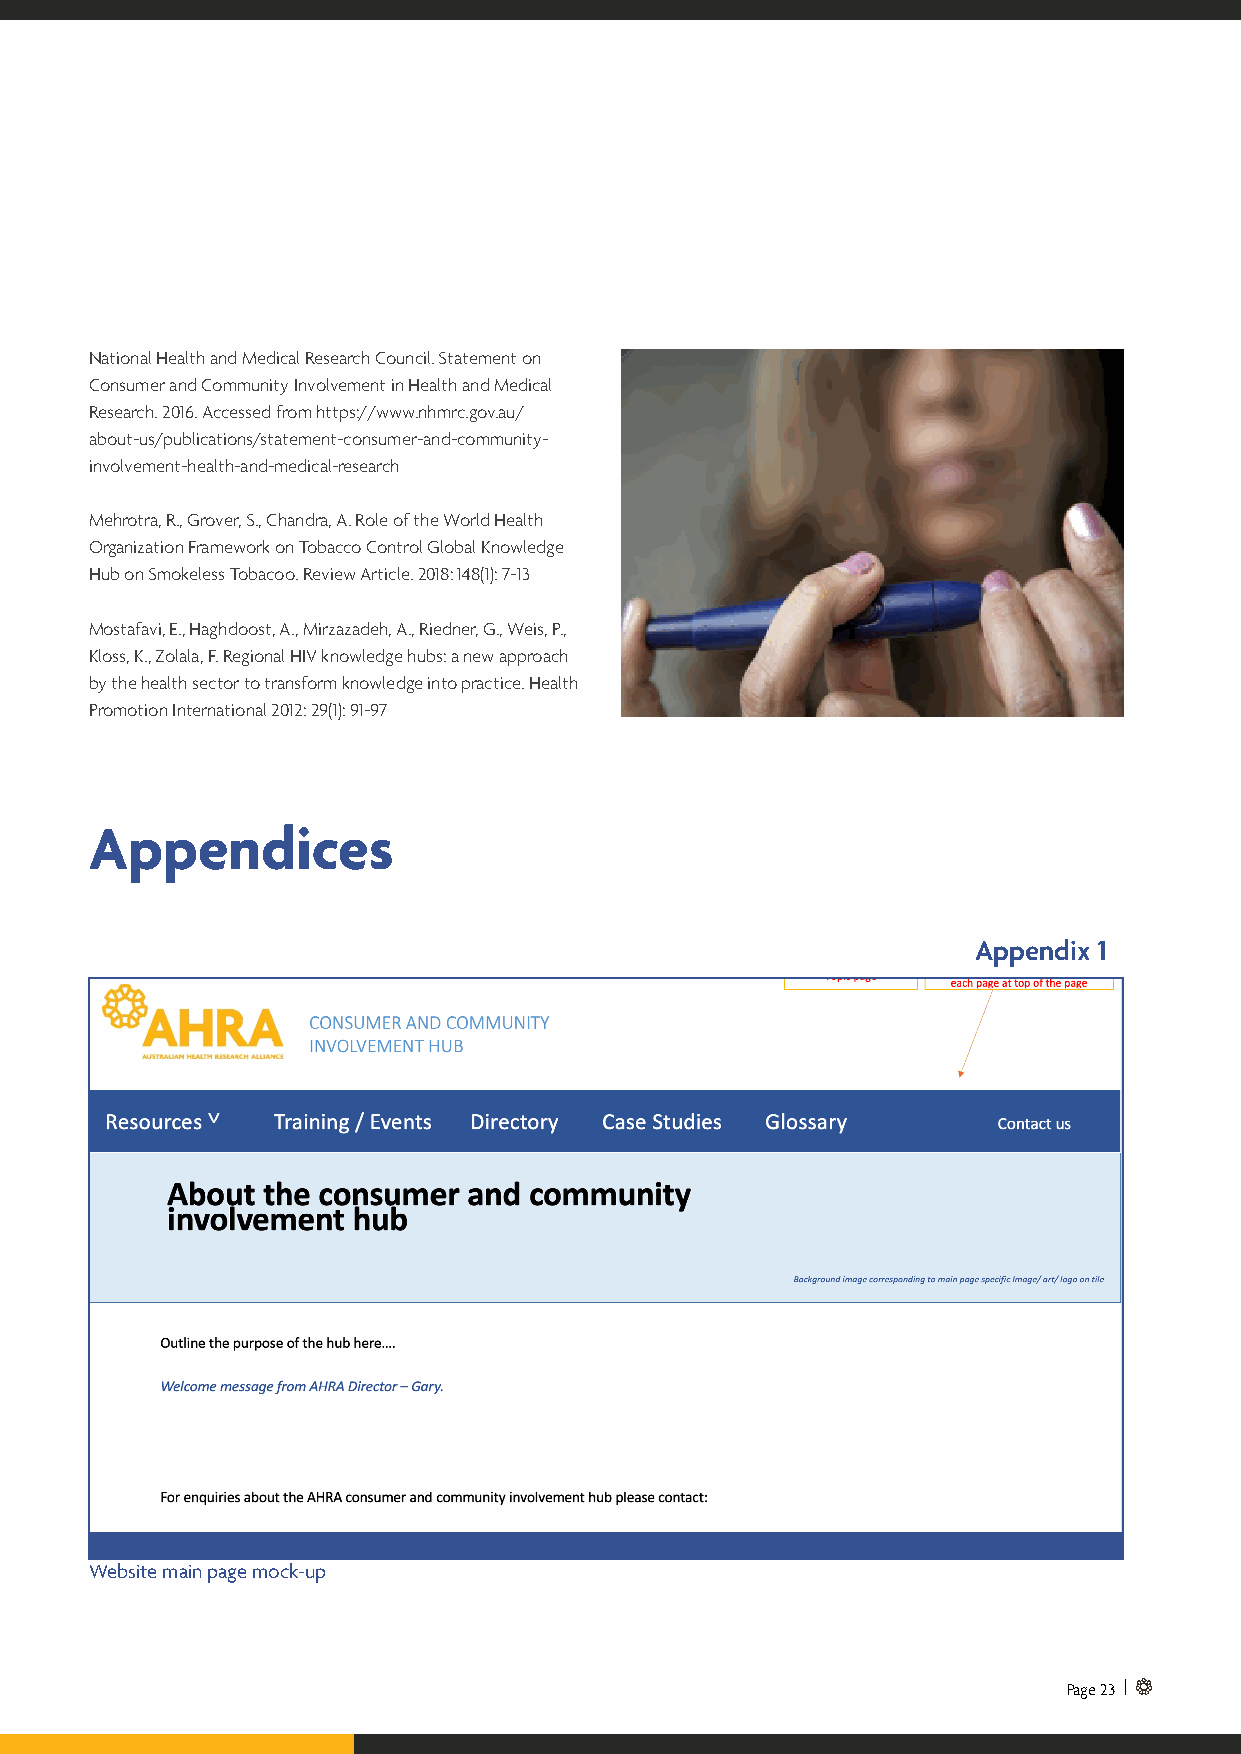
National Health and Medical Research Council. Statement on
 Consumer and Community Involvement in Health and Medical
 Research. 2016. Accessed from https://www.nhmrc.gov.au/
 about-us/publications/statement-consumer-and-community-
 involvement-health-and-medical-research
 Mehrotra, R., Grover, S., Chandra, A. Role of the World Health
 Organization Framework on Tobacco Control Global Knowledge
 Hub on Smokeless Tobacoo. Review Article. 2018: 148(1): 7-13
 Mostafavi, E., Haghdoost, A., Mirzazadeh, A., Riedner, G., Weis, P.,
 Kloss, K., Zolala, F. Regional HIV knowledge hubs: a new approach
 by the health sector to transform knowledge into practice. Health
 Promotion International 2012: 29(1): 91-97
 Appendices
 Appendix 1
 Website main page mock-up
 Page 23 |